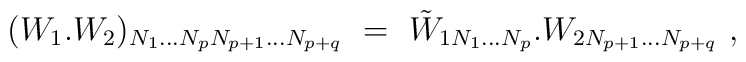
(W_1.W_2)_{N_1...N_p N_{p+1}...N_{p+q}}~=~\tilde W_{1 N_1...N_p}.W_{2 N_{p+1}...N_{p+q}}~\nonumber ,